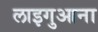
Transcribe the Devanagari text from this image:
लाइगुआना